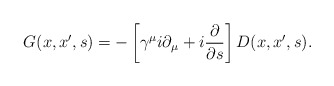
\begin{align*}G(x,x^{\prime },s)=-\left[ \gamma ^\mu i\partial _\mu +i\frac \partial{\partial s}\right] D(x,x^{\prime },s). \end{align*}